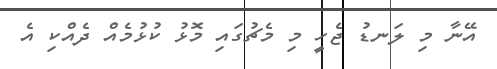
އޭނާ މި ލަނޑު ޖެހީ މި މެޗުގައި މޮޅު ކުޅުމެއް ދެއްކި އެ